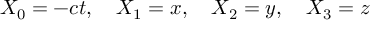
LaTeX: X _ { 0 } = - c t , \quad X _ { 1 } = x , \quad X _ { 2 } = y , \quad X _ { 3 } = z